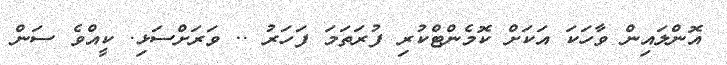
އޮންލައިން ވާހަކަ އަކަށް ކޮމެންޓްކުރި ފުރަތަމަ ފަހަރު .. ވަރަށްސަޅި. ކީއްވެ ސަން